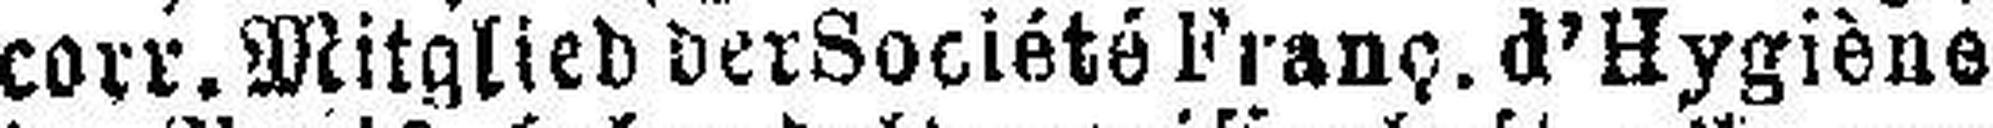
corr. Mitglied der Société Franç. d’Hygiène